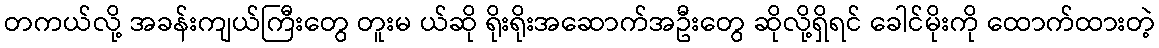
တကယ်လို့ အခန်းကျယ်ကြီးတွေ တူးမ ယ်ဆို ရိုးရိုးအဆောက်အဦးတွေ ဆိုလို့ရှိရင် ခေါင်မိုးကို ထောက်ထားတဲ့